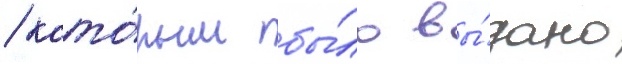
/ кото́рым бы́ло вы́дано